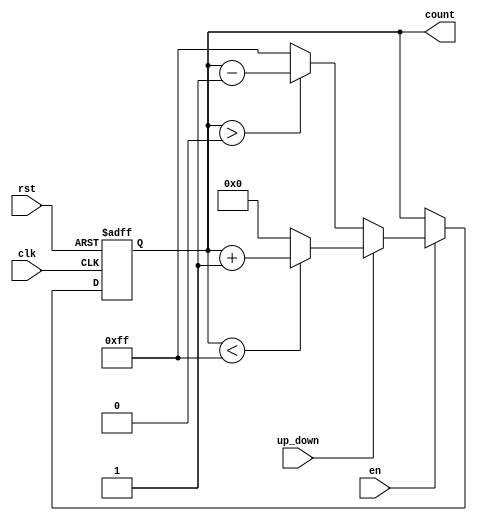
module UpDownCounter #(
    parameter N = 8, // Number of bits for the counter
    parameter MAX_COUNT = (1 << N) - 1 // Maximum count value (2^N - 1)
)(
    input wire clk,              // Clock input
    input wire rst,              // Asynchronous reset
    input wire up_down,          // Up/Down control signal
    input wire en,               // Enable signal
    output reg [N-1:0] count     // N-bit count output
);

// Asynchronous reset and counting logic
always @(posedge clk or posedge rst) begin
    if (rst) begin
        count <= 0; // Reset the counter to 0
    end else if (en) begin
        if (up_down) begin
            // Count up
            if (count < MAX_COUNT) begin
                count <= count + 1; // Increment count
            end else begin
                count <= 0; // Wrap around to 0
            end
        end else begin
            // Count down
            if (count > 0) begin
                count <= count - 1; // Decrement count
            end else begin
                count <= MAX_COUNT; // Wrap around to MAX_COUNT
            end
        end
    end
end

endmodule